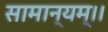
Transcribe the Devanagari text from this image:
सामान्यम्।।